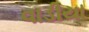
વાડીયા